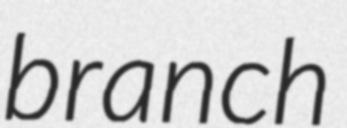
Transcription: branch